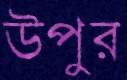
উপুর